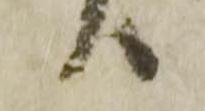
り